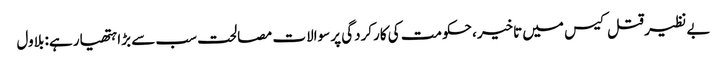
بے نظیر قتل کیس میں تاخیر، حکومت کی کارکردگی پر سوالات مصالحت سب سے بڑا ہتھیار ہے: بلاول